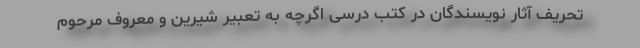
تحریف آثار نویسندگان در کتب درسی اگرچه به تعبیر شیرین و معروف مرحوم